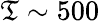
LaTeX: \mathfrak{T}\sim500